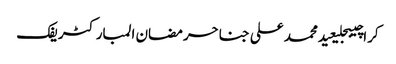
کراچیبجلیعیدمحمد علی جناحرمضان المبارکٹریفک